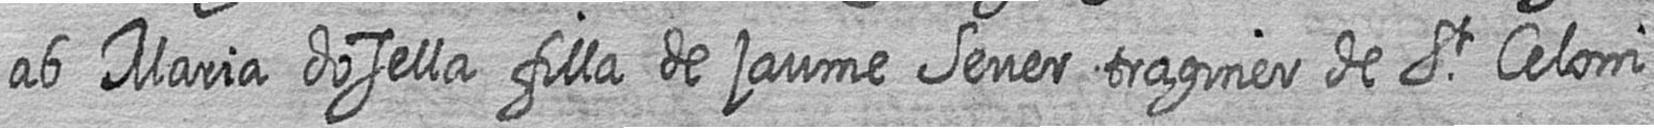
ab Maria dosella filla de jaume Sever traginer de St Celoni